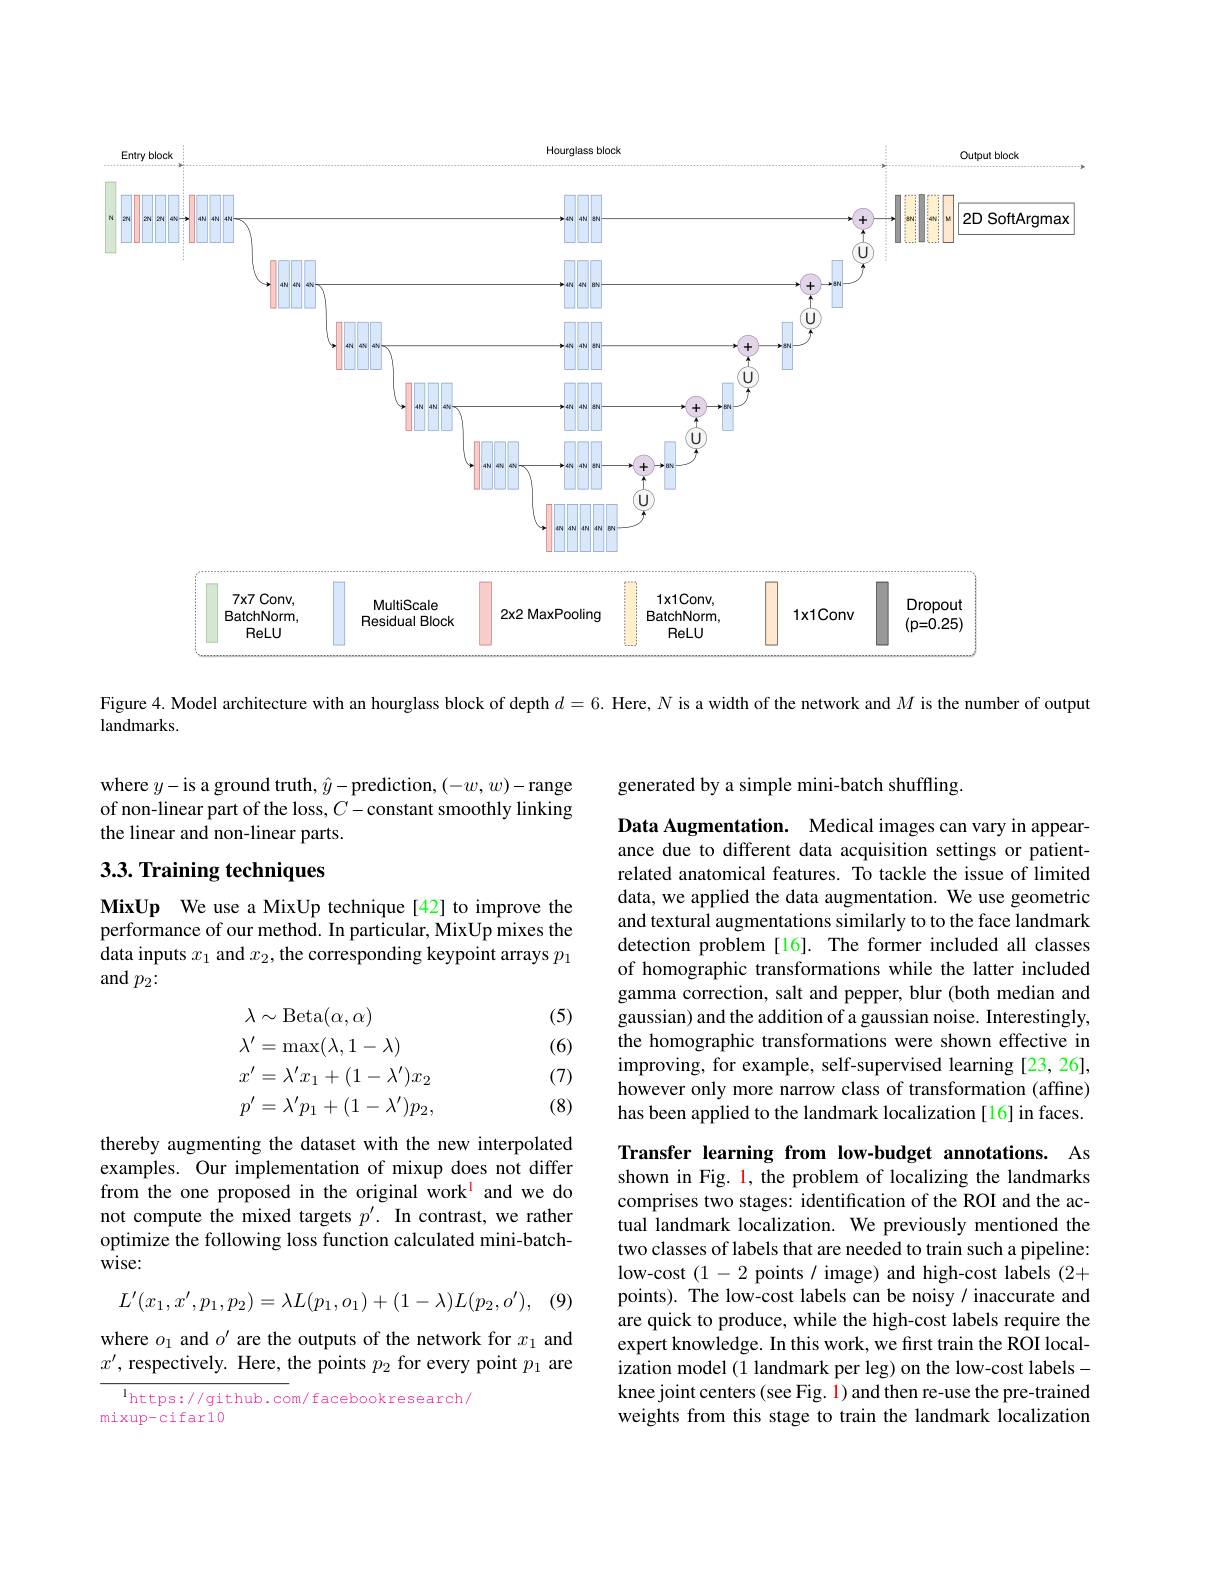
<FigureHere>

Figure 4. Model architecture with an hourglass block of depth $d=6.$ Here, $N$ is a width of the network and $M$ is the number of output

landmarks.

generated by a simple mini-batch shuffling

where $y-$is a ground truth, $\hat{y}-$prediction, $(-w,w)-$range of non-linear part of the loss, $C-$constant smoothly linking the linear and non-linear parts.

## $3. 3. \textbf{Training techniques}$

MixUp We use a MixUp technique[42] to improve the $\hat{\text{performance of our method. In particular, MixUp mixes the}}$ data inputs $x_1$ and $x_2$,the corresponding keypoint arrays $p_1$ and $p_2\colon$

Data Augmentation. Medical images can vary in appearance due to different data acquisition settings or patientrelated anatomical features. To tackle the issue of limited data, we applied the data augmentation. We use geometric and textural augmentations similarly to to the face landmark detection problem [16]. The former included all classes of homographic transformations while the latter included gamma correction, salt and pepper, blur (both median and gaussian) and the addition of a gaussian noise. Interestingly, the homographic transformations were shown effective in improving, for example, self-supervised learning [23, 26], however only more narrow class of transformation (affine) has been applied to the landmark localization [16] in faces.

(5)

(6)
$$\begin{aligned}&\lambda\sim\mathrm{Beta}(\alpha,\alpha)\\&\lambda^{\prime}=\max(\lambda,1-\lambda)\\&x^{\prime}=\lambda^{\prime}x_{1}+(1-\lambda^{\prime})x_{2}\\&p^{\prime}=\lambda^{\prime}p_{1}+(1-\lambda^{\prime})p_{2},\end{aligned}$$
(7)

(8)

thereby augmenting the dataset with the new interpolated examples. Our implementation of mixup does not differ from the one proposed in the original work$^{\mathrm{l}}$ and we do not compute the mixed targets $p^{\prime }. \textbf{In contrast, we rather}$ optimize the following loss function calculated mini-batchwise:

 (9)
$$L'(x_1,x',p_1,p_2)=\lambda L(p_1,o_1)+(1-\lambda)L(p_2,o'),$$
Transfer learning from low-budget annotations. As shown in Fig. 1, the problem of localizing the landmarks comprises two stages: identification of the ROI and the actual landmark localization. We previously mentioned the two classes of labels that are needed to train such a pipeline: low-cost (1-2 points / image) and high-cost labels (2+ points). The low-cost labels can be noisy/ inaccurate and are quick to produce, while the high-cost labels require the expert knowledge. In this work, we first train the ROI localization model (1 landmark per leg) on the low-cost labelsknee joint centers (see Fig. 1) and then re-use the pre-trained weights from this stage to train the landmark localization

where $o_1$ and $o^\prime$ are the outputs of the network for $x_1$ and $x^{\prime}$, respectively. Here, the points $p_2$ for every point $p_1$ are

$^{1}$https://github.com/facebookresearch/
mixup-cifar10